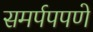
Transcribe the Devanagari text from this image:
समर्पपपणे